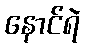
နောင်ရဲ